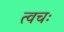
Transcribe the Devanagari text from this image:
त्वचः